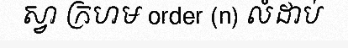
ស្វា ក្រហម order (n) លំដាប់